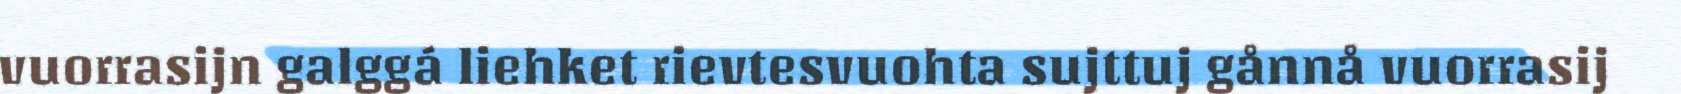
vuorrasijn galggá liehket rievtesvuohta sujttuj gånnå vuorrasij